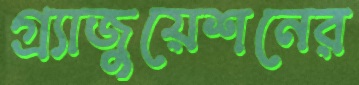
গ্র্যাজুয়েশনের